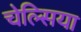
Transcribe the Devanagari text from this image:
चेल्‍िसया